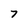
Character: 7